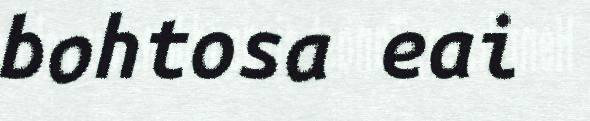
bohtosa eai